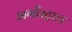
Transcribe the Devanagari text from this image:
अर्गोस्ट्राल